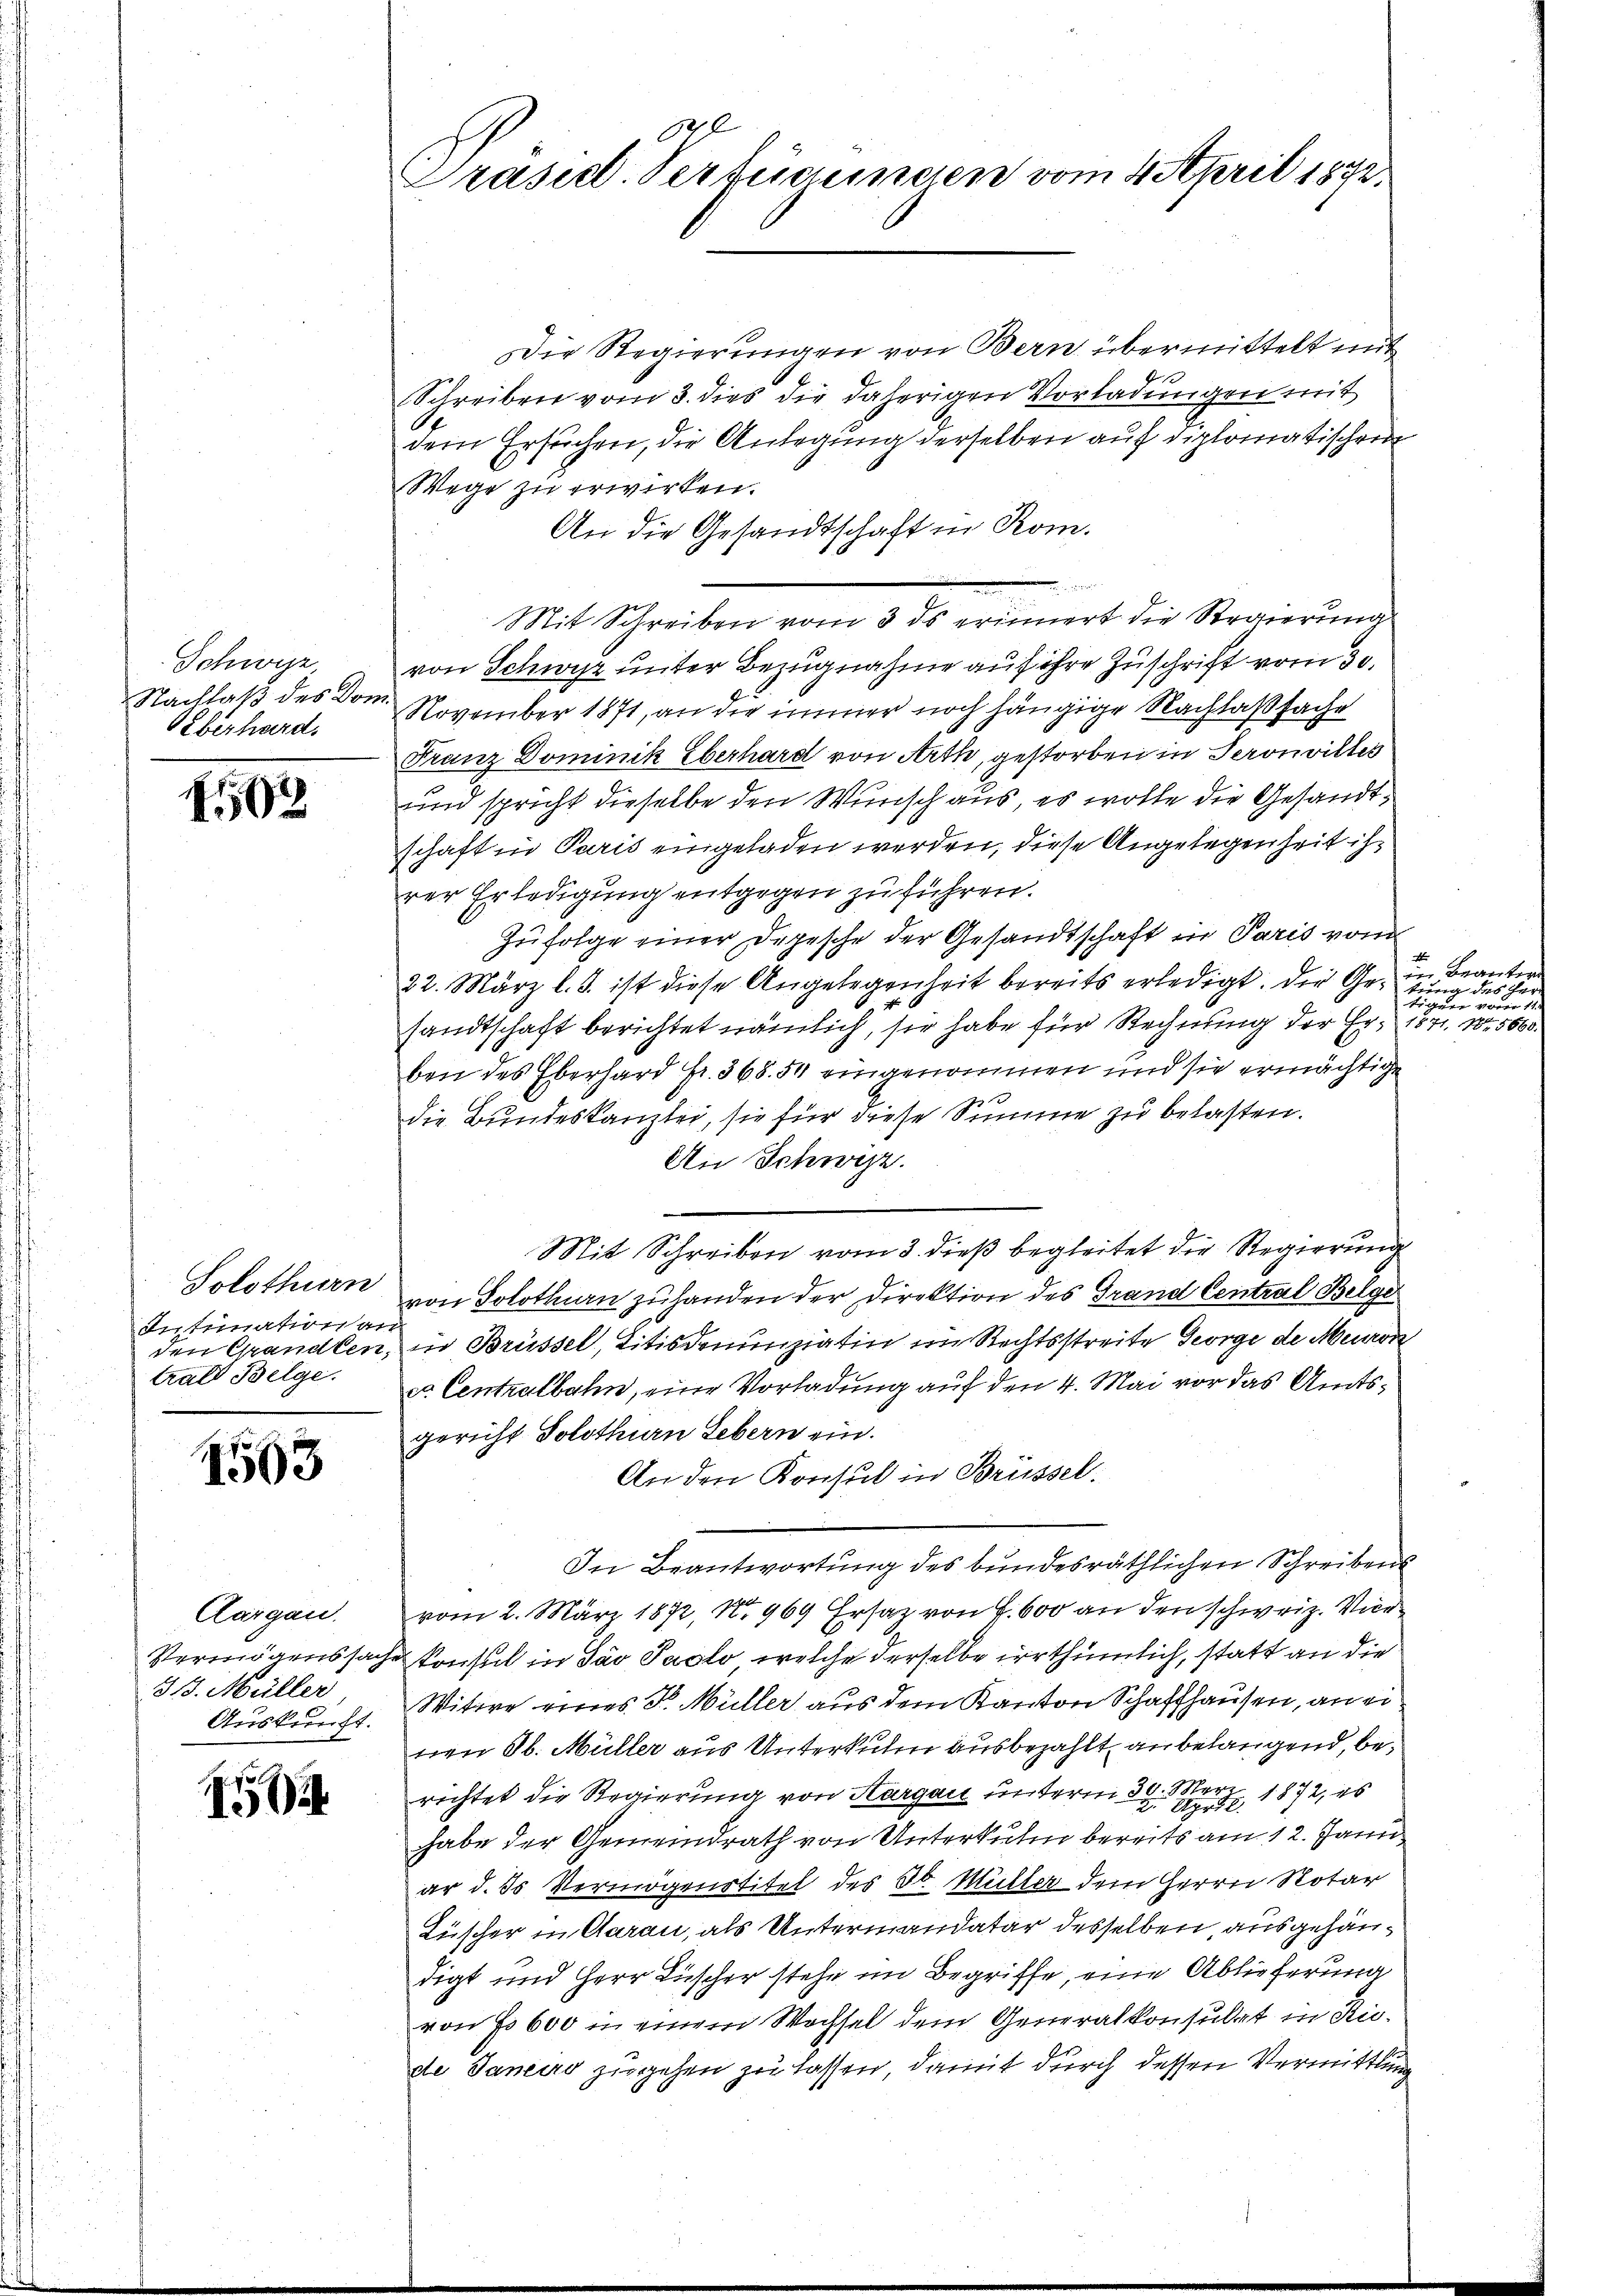
Schwyz,
Nachlaß des Dom
Überhard.

502

Intination an
trals Belge.

1503

Aargau.
318. Müller
Auskunft.

0
150

17
Präsid. Verfügungen vom 4 April 1872.

Die Regierungen von Bern übermittelt mit
Schreiben vom 3. dies die daherigen Vorladungen mit
dem Ersuchen, die Anlegung derselben auf diplomatischen
Wege zu erwirken.
An die Gesandtschaft in Rom.
 . . . .
Mit Schreiben vom 3. ds erinnert die Regierung
von Schwyz unter Bezugnahme auf ihre Zuschrift vom 30.
November 1871, an die immer noch hängige Nachlaßsache
Franz Dominik Eberhard von Arth, gestorben in Seronvilles
und spricht dieselbe den Wunsch aus, es wolle die Gesandtschaft in Paris eingeladen werden, diese Angelegenheit ihrer Erledigung entgegen zu führen.
Zufolge einer Depesche der Gesandtschaft in Paris vom
22. März l. J. ist diese Angelegenheit bereits erledigt. Die Gesung des Her
sandtschaft berichtet nämlich, sie habe für Rechnung der Er, 1871. 15660
ben des Eberhard Fr. 368. 54 eingenommen und sie ermächtige
die Bundeskanzlei, sie für diese Summe zu belasten.
An Schwizz.
Mit Schreiben vom 3. dieß begleitet die Regierung
Solothurn von Solothurn zuhanden der Direktion des Grand Central Belge
den Grandlen, in Brüssel, Titis denunziatin im Rechtsstreite George de Meuron
ca Centralbahn, eine Vorladung auf den 4. Mai vor das Amtsgericht Solothurn Lebern ein.
An den Konsul in Brüssel.
In Beantwortung des bundesräthlichen Schreibens
vom 2. März 1872, No 969 Ersatz von 4. 600 an den schweiz. Vice
Vermögenssache konsul in Sav Paolo, welche derselbe irrthümlich, statt an die
Witwe eines Dr. Müller aus dem Kanton Schaffhausen, an ei
 Sb. Müller aus Unterkuhn ausbezahlt anbelangend, berichtet die Regierung von Aargau unterm 30. 1872, es
habe der Gemeindrath von Unterkulm bereits am 12. Janu
ar d. ds Vermögenstitel des ob Müller dem Herrn Notar
Lüscher in Aarau, als Untermandatar desselben, ausgehändigt und Herr Lüscher stehe im Begriffe, eine Ablieferung
von No 600 in einem Wechsel dem Generalkonsultet in Riede Janeiro zugehen zu lassen, damit durch dessen Vermittlung

in Beanter
Eigen von de